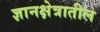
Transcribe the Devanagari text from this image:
ज्ञानक्षेत्रातील